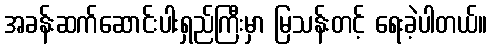
အခန်းဆက်ဆောင်းပါးရှည်ကြီးမှာ မြသန်းတင့် ရေးခဲ့ပါတယ်။